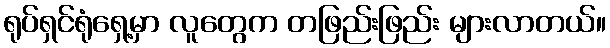
ရုပ်ရှင်ရုံရှေ့မှာ လူတွေက တဖြည်းဖြည်း များလာတယ်။